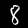
Digit: 8